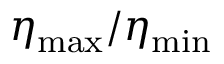
\eta _ { \mathrm { m a x } } / \eta _ { \mathrm { m i n } }